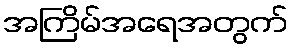
အကြိမ်အရေအတွက်